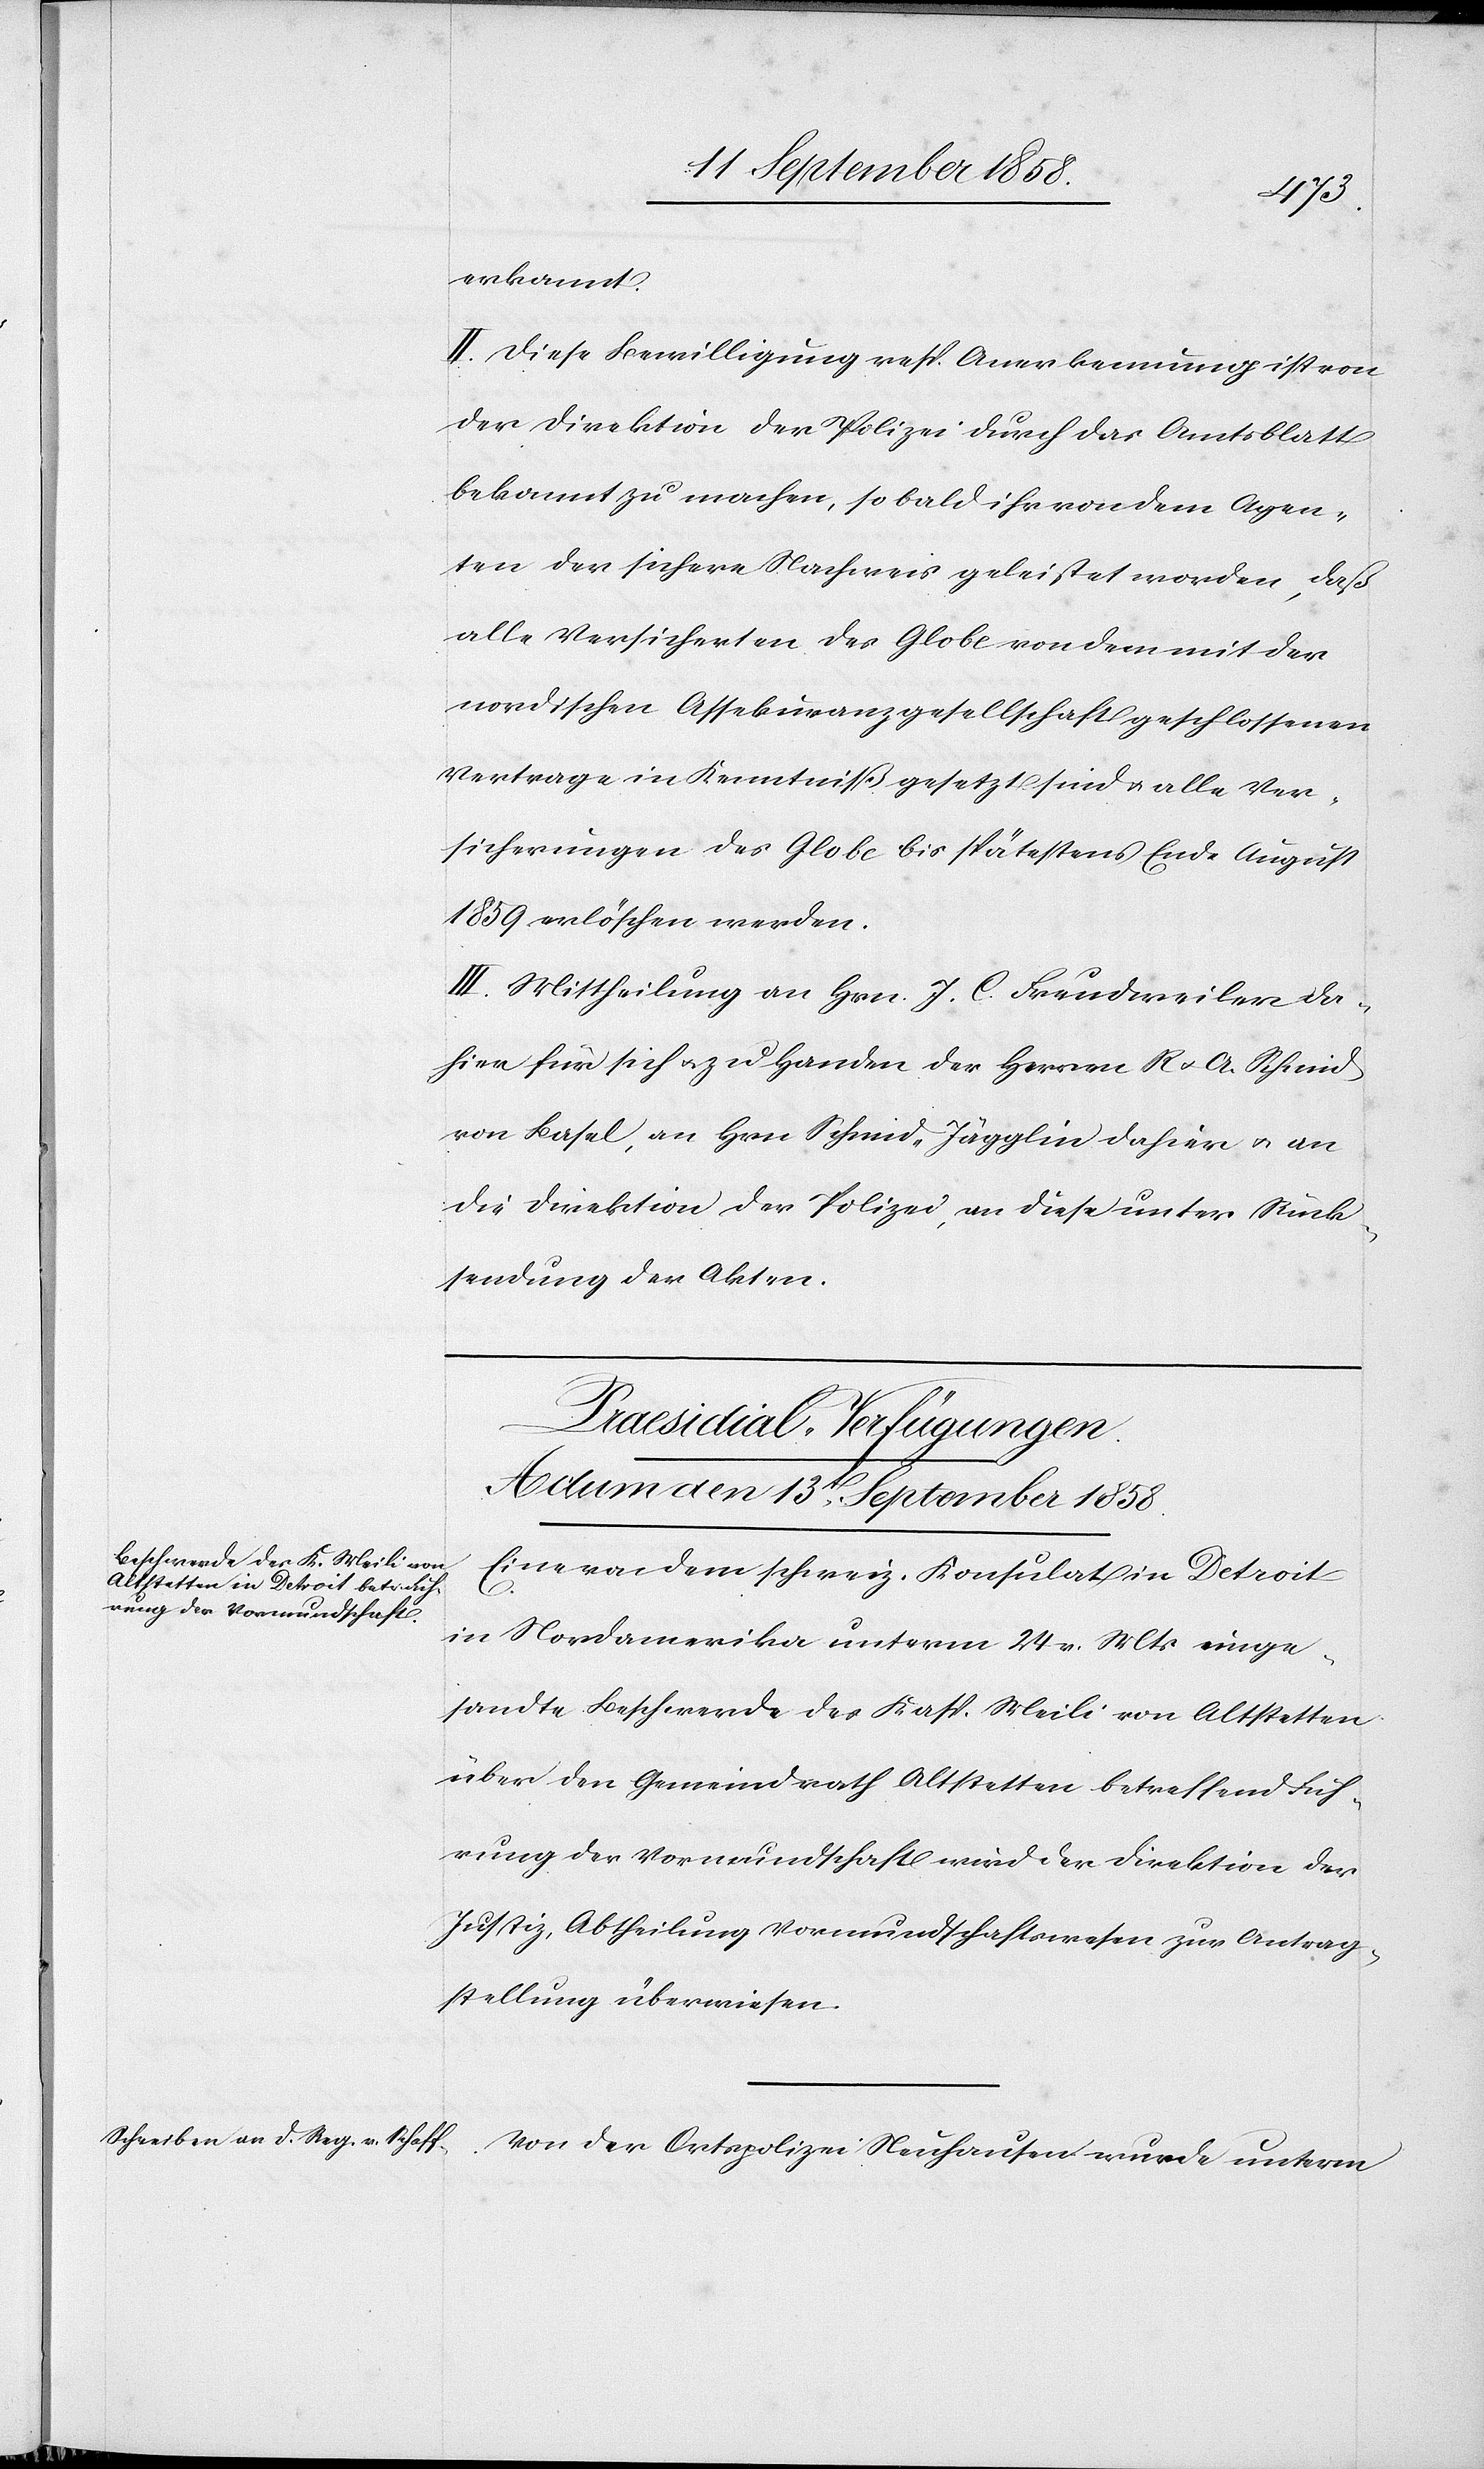
erkannt.
II. Diese Bewilligung resp. Anerkennung ist von
der Direktion der Polizei durch das Amtsblatt
bekannt zu machen, so bald ihr von dem Agen¬
ten der sichere Nachweis geleistet worden, daß
alle Versicherten des Globe von dem mit der
nordischen Assekuranzgesellschaft geschlossenen
Vertrage in Kenntniß gesetzt sind & alle Ver¬
sicherungen des Globe bis spätestens Ende August
1859 erlöschen werden.
III. Mittheilung an Hrn. J. C. Freudweiler da¬
hier für sich & zu Handen der Herren R & A. Schmid
von Basel, an Hrn. Schmid-Jägglin dahier & an
die Direktion der Polizei, an diese unter Rück¬
sendung der Akten.
[Praesidial-Verfügungen.
Actum den 13t September 1858.]
Eine von dem schweiz. Konsulat in Detroit
in Nordamerika unterm 24 v. Mts einge¬
sandte Beschwerde des Kasp. Meili von Altstetten
über den Gemeindrath Altstetten betreffend Füh¬
rung der Vormundschaft wird der Direktion der
Justiz, Abtheilung Vormundschaftswesen zur Antrag¬
stellung überwiesen.
Von der Ortspolizei Neuhausen wurde unterm